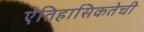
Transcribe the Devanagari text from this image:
ऐतिहासिकतेची